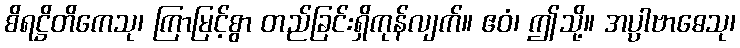
စိရဋ္ဌိတိကေသု၊ ကြာမြင့်စွာ တည်ခြင်းရှိကုန်လျက်။ ဧဝံ၊ ဤသို့။ အပ္ပါဗာဓေသု၊